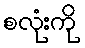
စလုံးကို